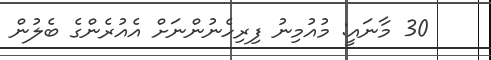
30 މާނައީ: މުއުމިނު ފިރިހެނުންނަށް އެއުރެންގެ ބެލުން